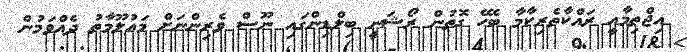
އިޖްތިމާއީ ރައްކާތެރިކާމާ ބެހޭ ގޮތުން ރޯޝަނީ ބިލްޑިންގައި ނޫސް ވެރިންނަށް މައުލޫމާތު ދެއްވަމުން